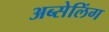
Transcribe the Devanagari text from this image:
अब्सेलिंग